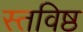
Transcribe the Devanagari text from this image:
स्तविष्ठ